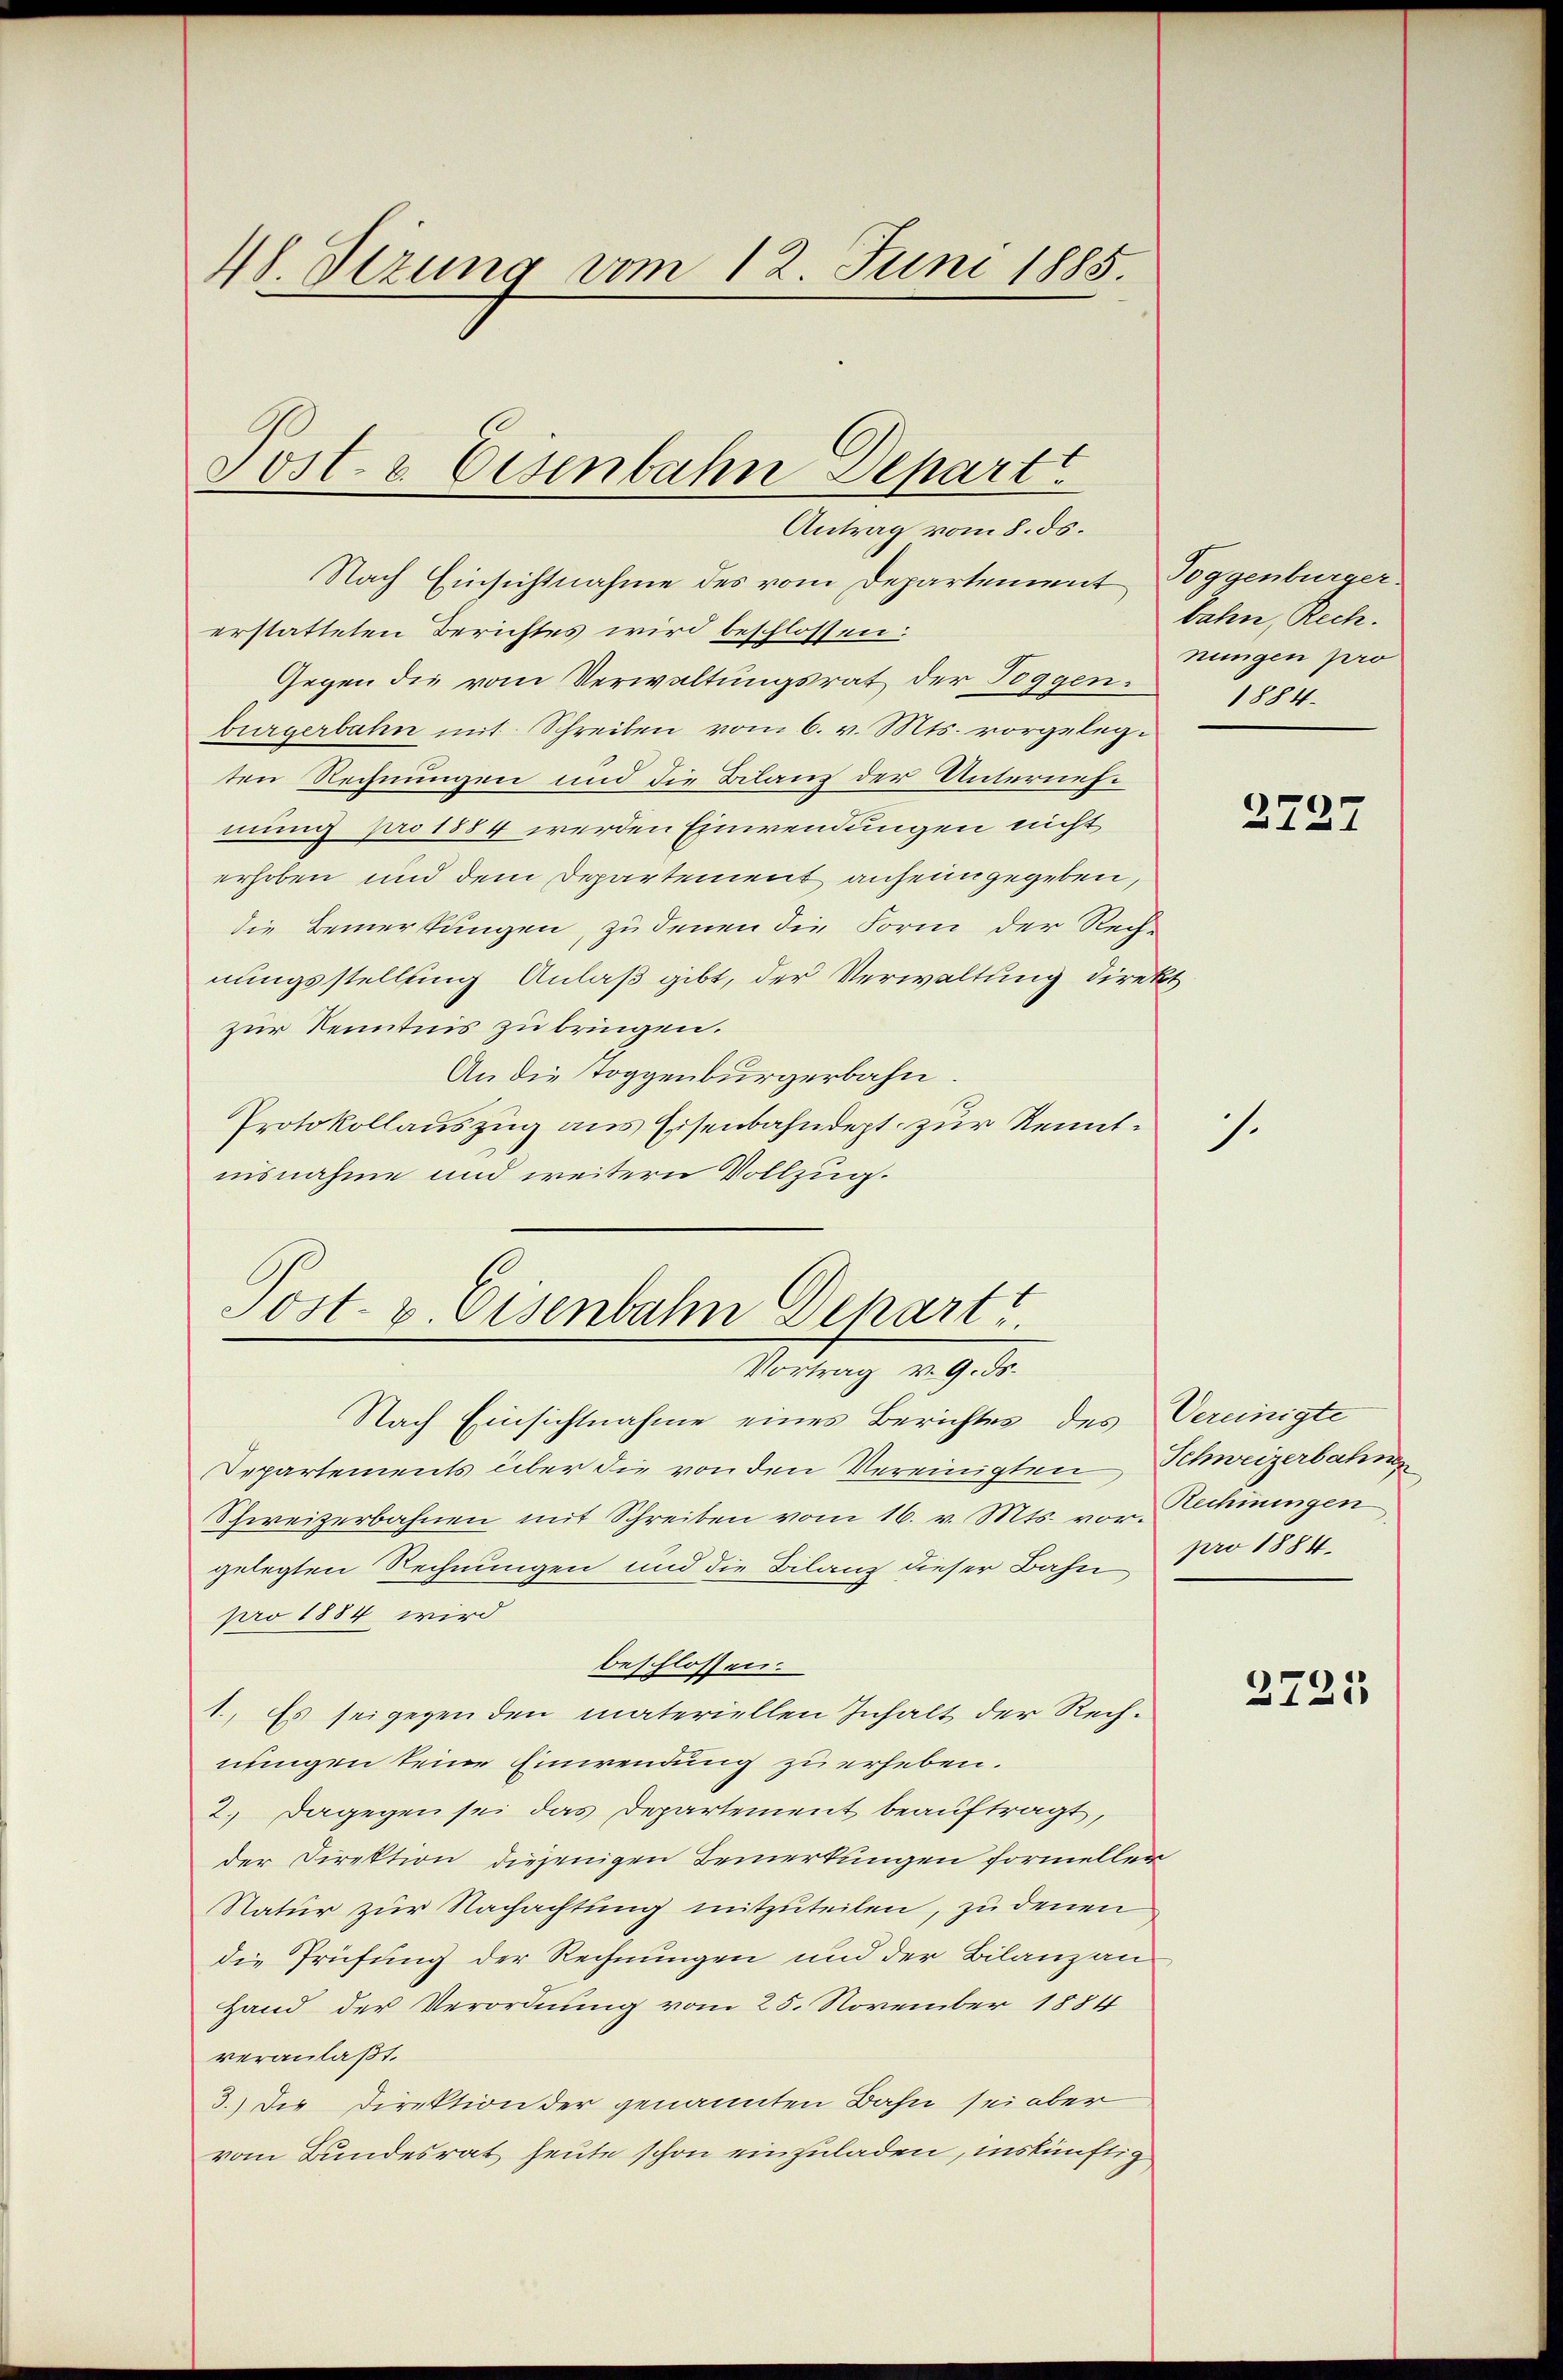
48. Stzung vom 12. Juni 1885.

Sost- & Eisenbahn Depart
Antrag vom 8. ds.

Nach Einsichtnahme des vom Departement Toggenburger
erstatteten Berichtes wird beschlossen:
Gegen die vom Verwaltungsrat der Toggen.
bürgerbahn mit Schreiben vom 6. v. Mts. vorgelegten Rechnungen und die Bilanz der Unternehmung pro 1884 werden Einwendungen nicht
erhoben und dem Departement anheimgegeben,
die Bemerkungen, zu denen die Form der Rech-
nungsstellung Anlaß gibt, der Verwaltung direkt
zur Kenntnis zu bringen.
An die Toggenburgerbahn.
Protokollauszug aus Eisenbahndept zur Kenntnisnahme und weitern Vollzug.

Post- & Eisenbahn Depart
Vortrag v. 9. ds.

Nach Einsichtnahme eines Berichtes des Vereinigte
Departements über die von den Vereinigten Schweizerbahn
Schweizerbahnen mit Schreiben vom 16. v. Mts. vor Schiningen
gelegten Rechnungen und die Bilanz dieser Bahn pro 1884.
pro 1884 wird
beschlossen.
1. Es sei gegen den materiellen Inhalt der Rechnungen seine Einwendung zu erheben.
2.) Dagegen sei das Departement beauftragt,
der Direktion diejenigen Bemerkungen formeller
Natur zur Nachachtung mitzuteilen, zu denen
die Prüfung der Rechnungen und der Bilanz an-
Hand der Verordnung vom 25. November 1884
veranlaßt.
3.) Die Direktion der genannten Bahn sei aber
vom Bundesrat heute schon einzuladen, inskünftig

bahn, Rech
nungen pro
1884.

1.

2727

2725